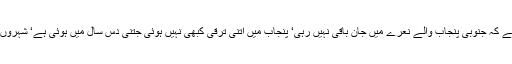
10 جون2018ء) سابق وزیراعظم نواز شریف نے کہا ہے کہ جنوبی پنجاب والے نعرے میں جان باقی نہیں رہی‘ پنجاب میں اتنی ترقی کبھی نہیں ہوئی جتنی دس سال میں ہوئی ہے‘ شہروں اور دیہات میں ہسپتال ‘ یونیورسٹیاں اور کالجز بنے ہیں۔